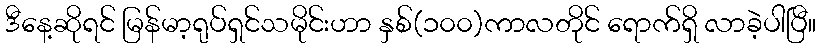
ဒီနေ့ဆိုရင် မြန်မာ့ရုပ်ရှင်သမိုင်းဟာ နှစ်(၁၀၀)ကာလတိုင် ရောက်ရှိ လာခဲ့ပါပြီ။